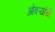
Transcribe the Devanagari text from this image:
ओवऱ्यांची